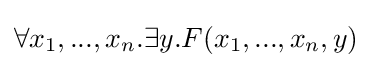
\forall x_{1},...,x_{n}.\exists y.F(x_{1},...,x_{n},y)